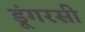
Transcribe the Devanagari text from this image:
डूंगरसी